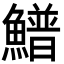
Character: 䲕